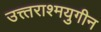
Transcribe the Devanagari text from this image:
उत्त्तराश्मयुगीन